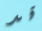
قد